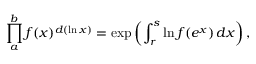
\prod _ { a } ^ { b } f ( x ) ^ { d ( \ln x ) } = \exp \left( \int _ { r } ^ { s } \ln f ( e ^ { x } ) \, d x \right) ,